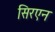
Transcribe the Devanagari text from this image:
सिरएन